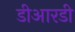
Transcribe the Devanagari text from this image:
डीआरडी